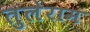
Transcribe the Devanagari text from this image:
तुलेराम